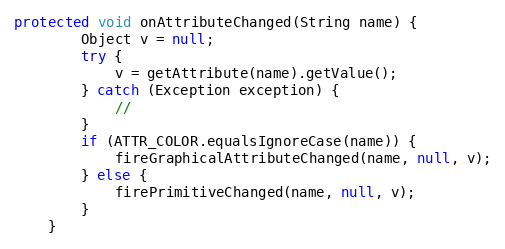
Language: Java
protected void onAttributeChanged(String name) {
		Object v = null;
		try {
			v = getAttribute(name).getValue();
		} catch (Exception exception) {
			//
		}
		if (ATTR_COLOR.equalsIgnoreCase(name)) {
			fireGraphicalAttributeChanged(name, null, v);
		} else {
			firePrimitiveChanged(name, null, v);
		}
	}